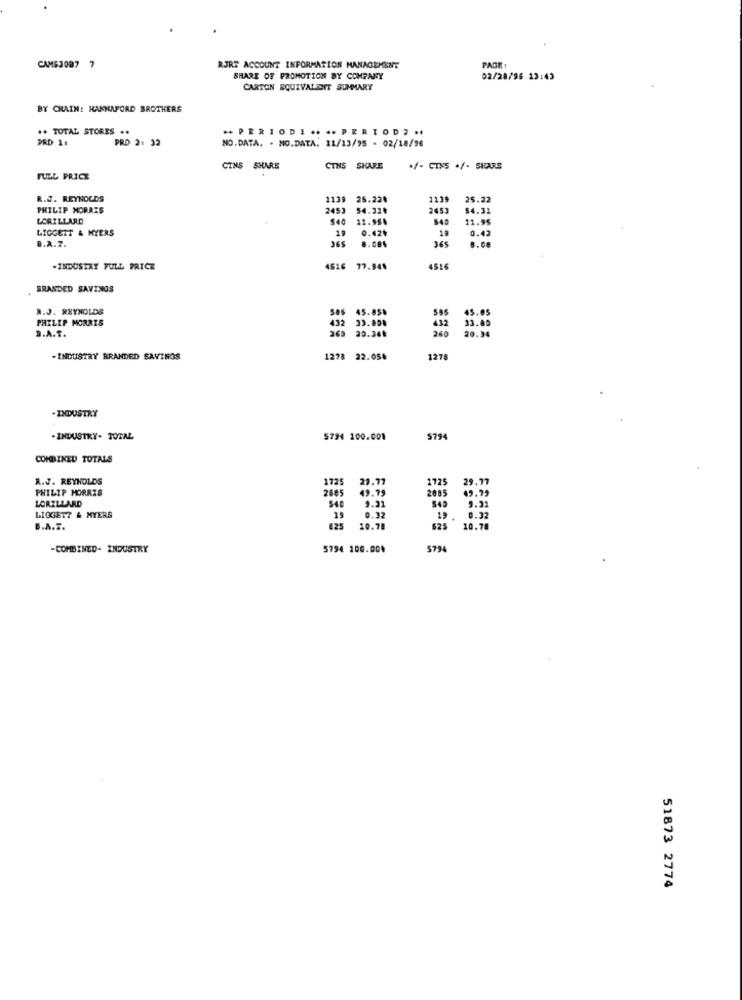
CAME3087 7
RJRT ACCOUNT INFORMATION MANAGEMENT
PAGE:
SHARE OF PROMOTION BY COMPANY
02/28/96 13:43
CARTON EQUIVALENT SUMMARY
BY CHAIN: HANNAFORD BROTHERS
** TOTAL STORES ..
** PERIODI .... PERIOD ...
PRD 1.
PRD 2: 32
NO.DATA. . NO.DATA. 11/13/95 - 02/18/96
CINS SHARE
S SHARE
+/- CINS +/- SHARE
FULL PRICE
R.J. REYNOLDS
1139
25.22₺
1139
25.22
PHILIP MORRIS
2453
54.32₺
54.31
LORILLARD
11.95.
11.95
LIGGETT & MYERS
19
0.424
19
0.42
D.A.7.
365
8.08%
365
8.00
-INDUSTRY FULL PRICE
4516 77.944
4516
BRANDED SAVINGS
R.J. REYNOLDS
ses 45.05%
PHILIP MORRIS
585
45.05
S.A.T.
432 33.00%
260 20.36₺
432
260
33.49
20.34
-INDUSTRY BRANDED SAVINGS
1278 22.05₺
1278
INDUSTRY
. INDUSTRY- TOTAL
5794 100.001
S794
COMBINED TOTALS
R.J. REYNOLDS
1725
21.77
1725
29.77
PHILIP MORRIS
2005
49.79
LORILLARD
9.31
9.31
LIGGET? & MYERS
19
0.32
19
0.32
B.A.T.
425
20.78
625
10.78
-COMBINED- INDUSTRY
5794 100.00*
5794
51873 2774